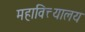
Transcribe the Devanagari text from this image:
महावित्त्यालय